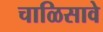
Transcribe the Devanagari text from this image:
चाळिसावे